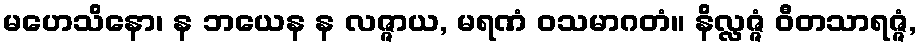
မဟေသိနော၊ န ဘယေန န လဇ္ဇာယ, မရဏံ ဝသမာဂတံ။ နိလ္လဇ္ဇံ ဝီတသာရဇ္ဇံ,